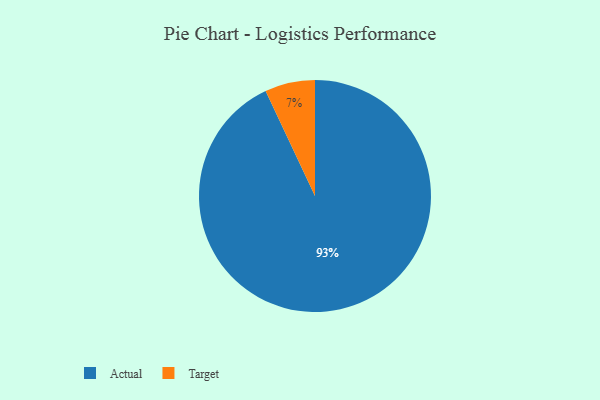
{"axis": {"x": "Category", "y": "Percentage"}, "legend": ["Actual", "Target"], "data": [{"x": "Target", "y": 7, "type": "Target"}, {"x": "Actual", "y": 93, "type": "Actual"}]}